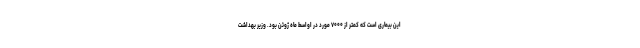
این بیماری است که کمتر از ۷۰۰۰ مورد در اواسط ماه ژوئن بود. وزیر بهداشت